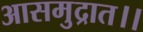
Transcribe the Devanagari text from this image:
आसमुद्रात।।